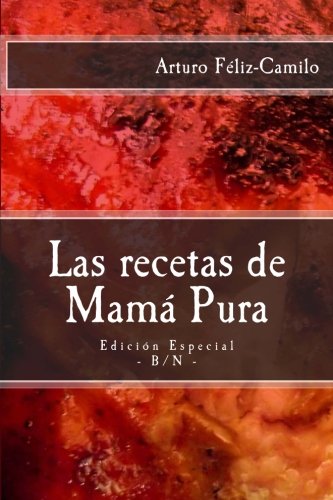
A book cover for Las recetas de MamÃ¡ Pura: EdiciÃ³n Especial con "El sazÃ³n de la cocina dominicana" (Coleccion recetas "el fogoncito") (Volume 2) (Spanish Edition); Arturo FÃ©liz-Camilo; Cookbooks, Food & Wine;